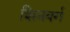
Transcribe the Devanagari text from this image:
शिनबर्ग